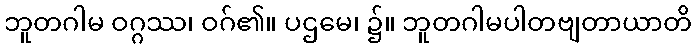
ဘူတဂါမ ဝဂ္ဂဿ၊ ဝဂ်၏။ ပဌမေ၊ ၌။ ဘူတဂါမပါတဗျတာယာတိ